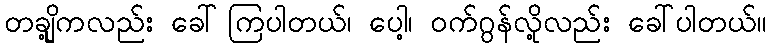
တချို့ကလည်း ခေါ်ကြပါတယ်၊ ပေါ့၊ ဝက်ဂွန်လို့လည်း ခေါ်ပါတယ်။